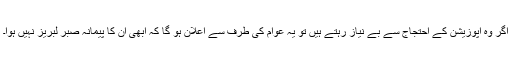
اگر وہ اپوزیشن کے احتجاج سے بے نیاز رہتے ہیں تو یہ عوام کی طرف سے اعلان ہو گا کہ ابھی ان کا پیمانۂ صبر لبریز نہیں ہوا۔